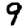
Digit: 9